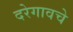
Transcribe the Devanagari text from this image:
दरेगावचे